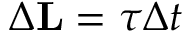
\Delta \mathbf { L } = { \boldsymbol { \tau } } \Delta t